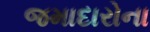
જમાદારોના